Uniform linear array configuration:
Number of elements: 24
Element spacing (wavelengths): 0.25
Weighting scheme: uniform
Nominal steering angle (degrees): -15
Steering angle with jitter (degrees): -16.702
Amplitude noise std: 0.05
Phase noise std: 0.05

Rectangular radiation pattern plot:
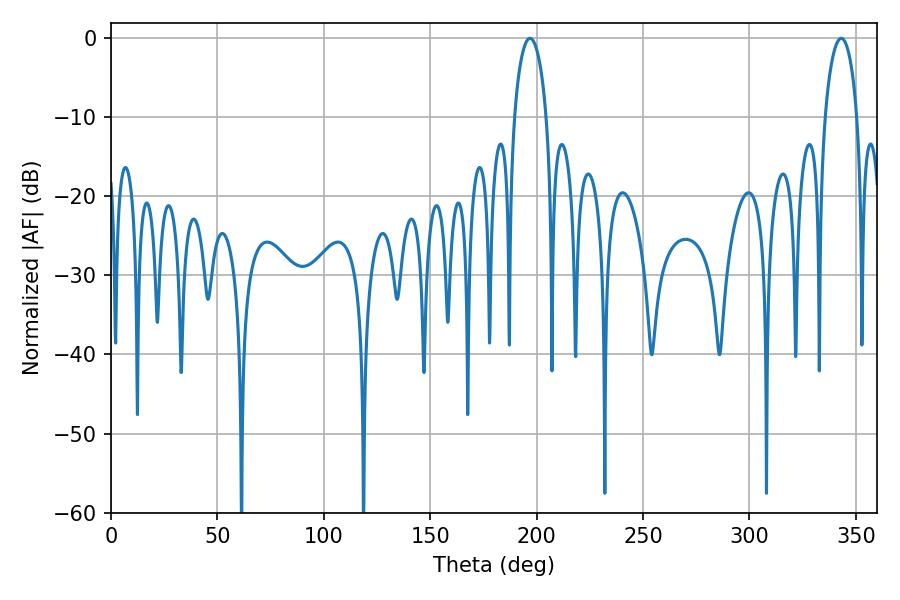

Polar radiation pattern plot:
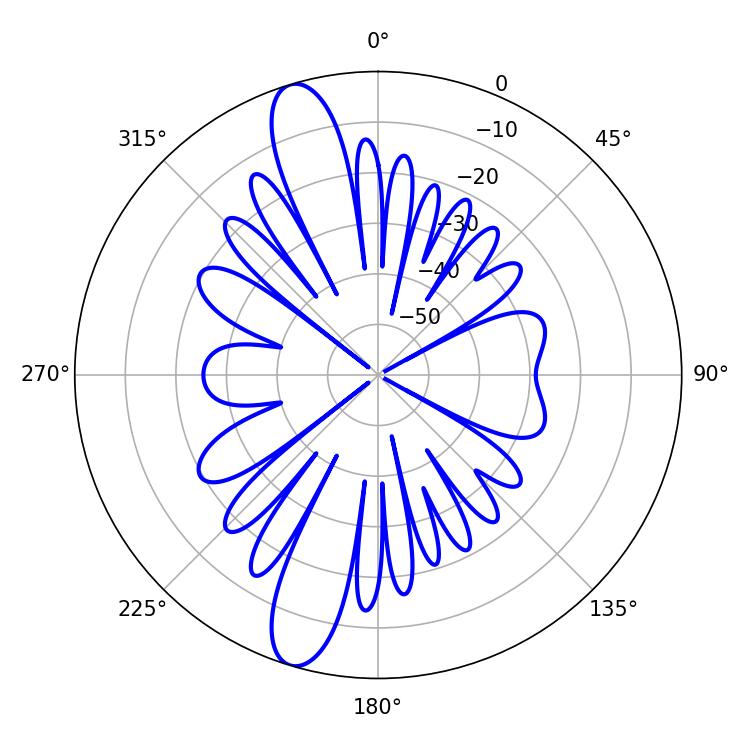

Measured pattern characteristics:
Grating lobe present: FALSE
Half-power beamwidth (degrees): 8.64
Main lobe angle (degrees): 343.08